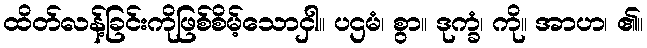
ထိတ်လန့်ခြင်းကိုဖြစ်စိမ့်သောငှါ။ ပဌမံ၊ စွာ။ ဒုက္ခံ၊ ကို။ အာဟ၊ ၏။